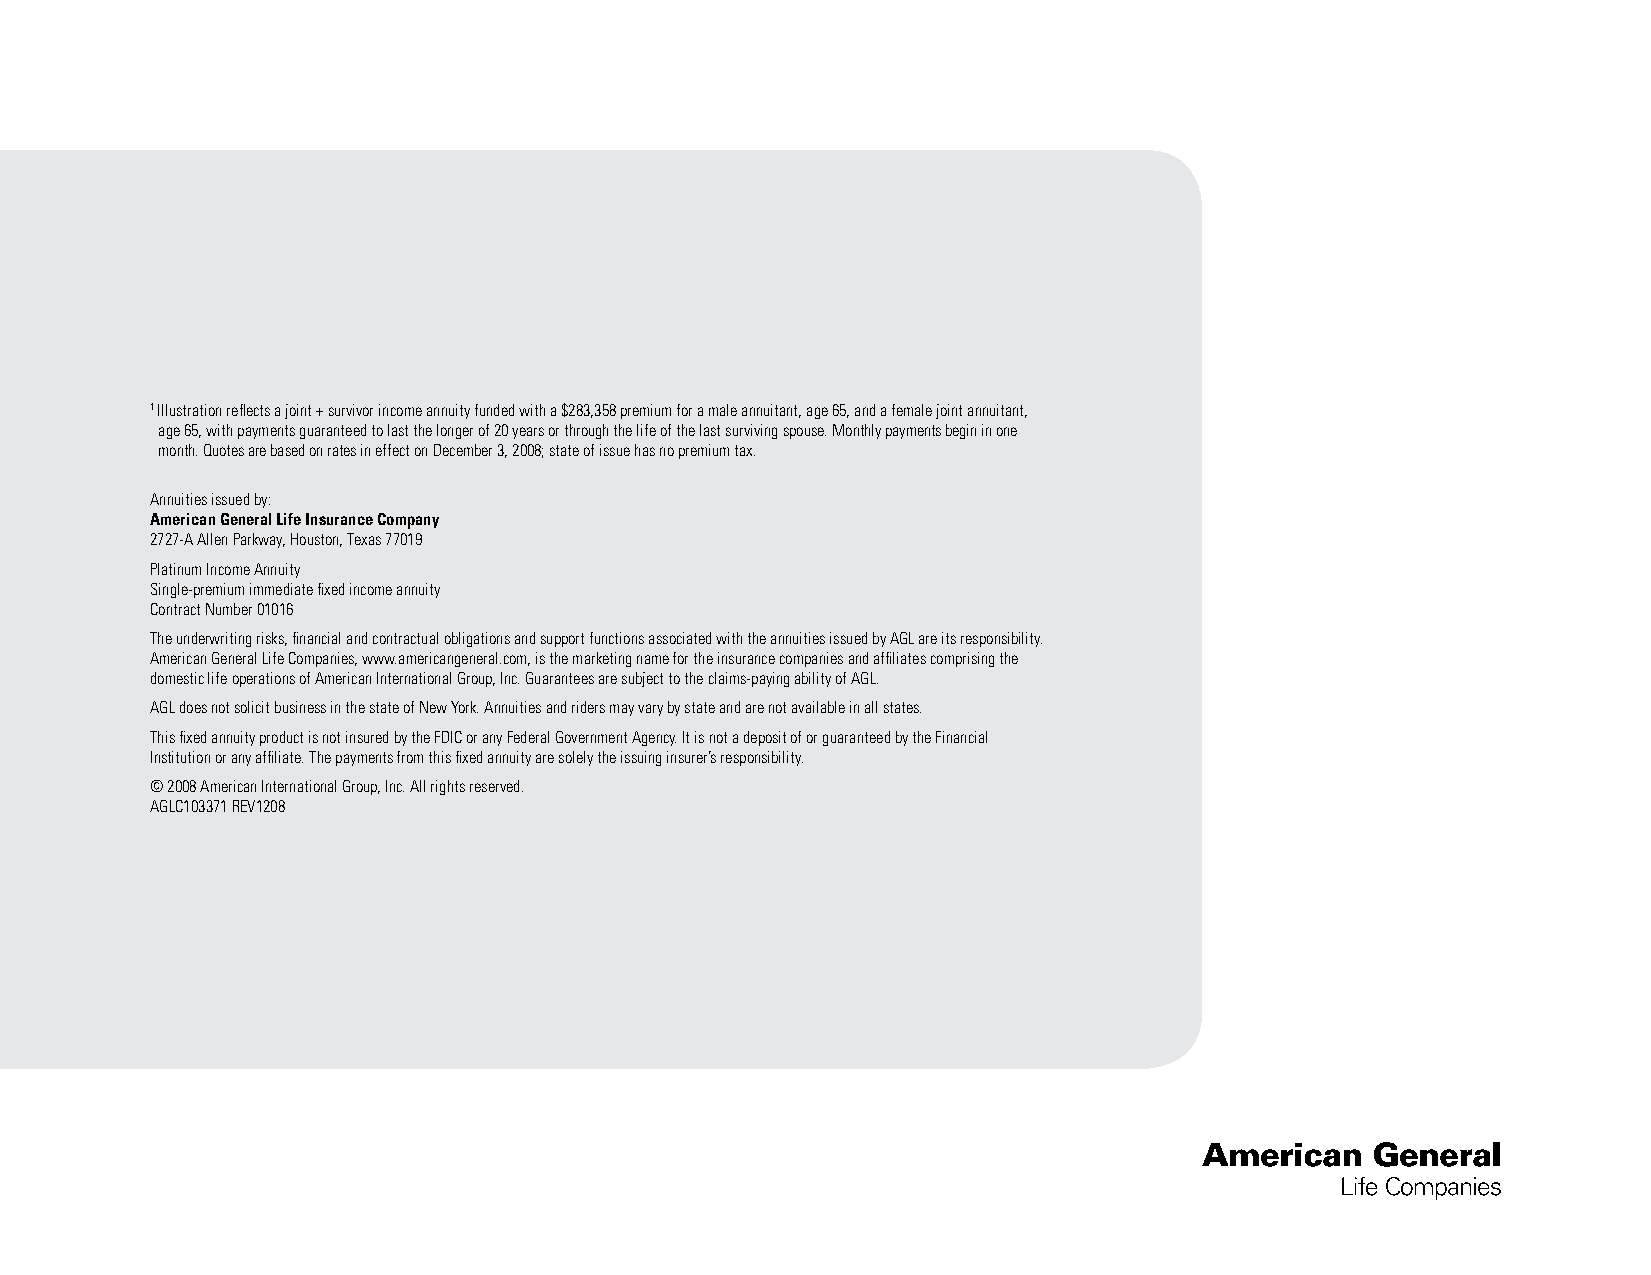
1 Illustration reflects a joint + survivor income annuity funded with a $283,358 premium for a male annuitant, age 65, and a female joint annuitant,
 age 65, with payments guaranteed to last the longer of 20 years or through the life of the last surviving spouse. Monthly payments begin in one
 month. Quotes are based on rates in effect on December 3, 2008; state of issue has no premium tax.
 Annuities issued by:
 American General Life Insurance Company
 2727-A Allen Parkway, Houston, Texas 77019
 Platinum Income Annuity
 Single-premium immediate fixed income annuity
 Contract Number 01016
 The underwriting risks, financial and contractual obligations and support functions associated with the annuities issued by AGL are its responsibility.
 American General Life Companies, www.americangeneral.com, is the marketing name for the insurance companies and affiliates comprising the
 domestic life operations of American International Group, Inc. Guarantees are subject to the claims-paying ability of AGL.
 AGL does not solicit business in the state of New York. Annuities and riders may vary by state and are not available in all states.
 This fixed annuity product is not insured by the FDIC or any Federal Government Agency. It is not a deposit of or guaranteed by the Financial
 Institution or any affiliate. The payments from this fixed annuity are solely the issuing insurer’s responsibility.
 © 2008 American International Group, Inc. All rights reserved.
 AGLC103371 REV1208